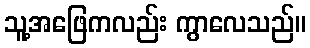
သူ့အဖြေကလည်း ကွာလေသည်။